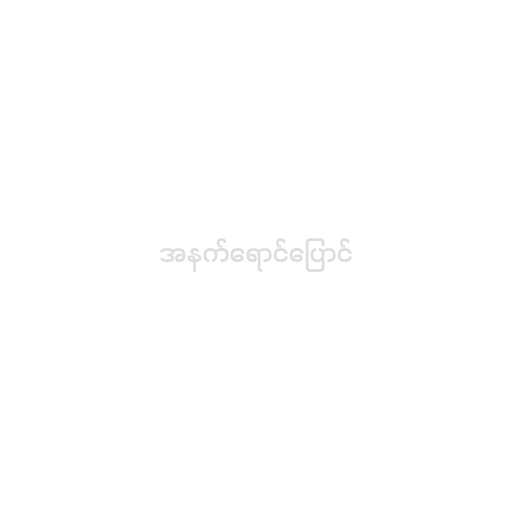
အနက်ရောင်ပြောင်